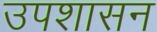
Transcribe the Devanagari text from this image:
उपशासन